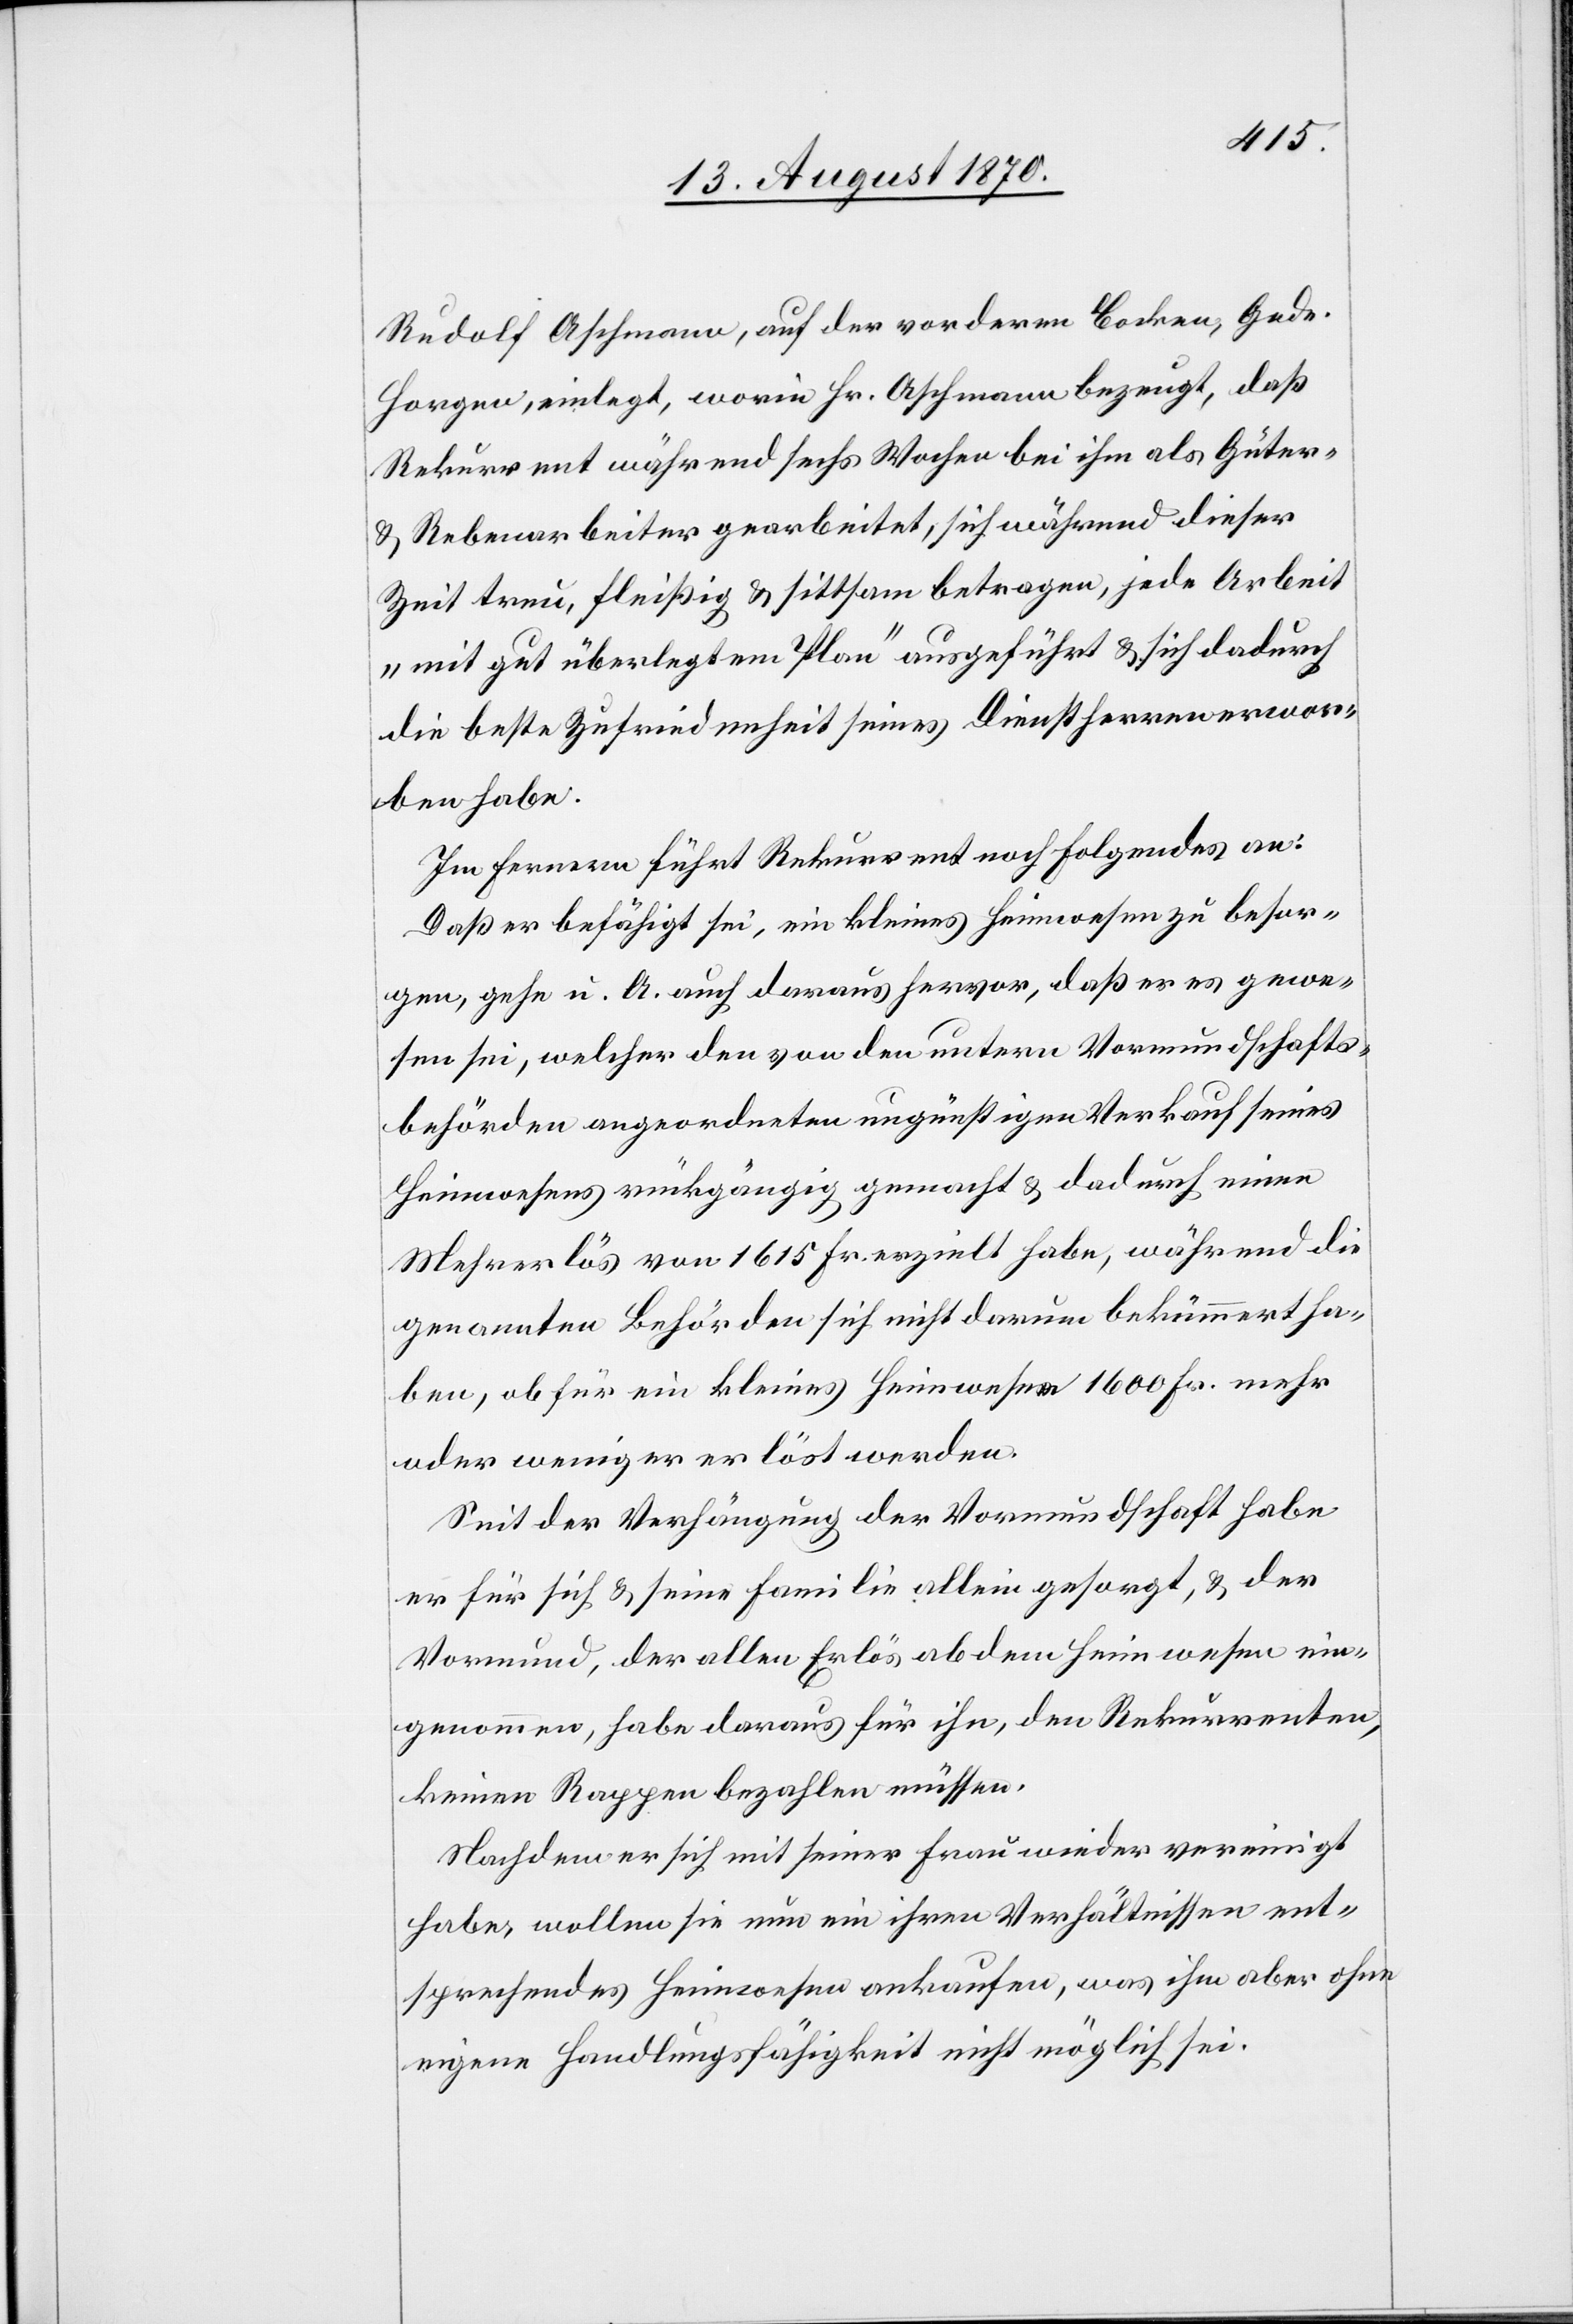
Rudolf Aschmann, auf der vorderen Bocken, Gede.
Horgen, einlegt, worin Hr. Aschmann bezeugt, daß
Rekurrent während sechs Wochen bei ihm als Güter-
& Rebenarbeiter gearbeitet, sich während dieser
Zeit treu, fleißig & sittsam betragen, jede Arbeit
„mit gut überlegtem Plan“ ausgeführt & sich dadurch
die beste Zufriedenheit seines Dienstherren erwor¬
ben habe.
Im Fernern führt Rekurrent noch folgendes an:
Daß er befähigt sei, ein kleines Heimwesen zu besor¬
gen, gehe u. A. auch daraus hervor, daß er es gewe¬
sen sei, welcher den von den untern Vormundschafts¬
behörden angeordneten ungünstigen Verkauf seines
Heimwesens rückgängig gemacht & dadurch einen
Mehrerlös von 1615 Fr. erzielt habe, während die
genannten Behörden sich nicht darum bekümmert ha¬
ben, ob für ein kleines Heimwesen 1600 Fr. mehr
oder weniger erlöst werden.
Seit der Verhängung der Vormundschaft habe
er für sich & seine Familie allein gesorgt, & der
Vormund, der allen Erlös ab dem Heimwesen ein¬
genommen, habe daraus für ihn, den Rekurrenten,
keinen Rappen bezahlen müssen.
Nachdem er sich mit seiner Frau wieder vereinigt
habe, wollen sie nun ein ihren Verhältnissen ent¬
sprechendes Heimwesen ankaufen, was ihm aber ohne
eigene Handlungsfähigkeit nicht möglich sei.